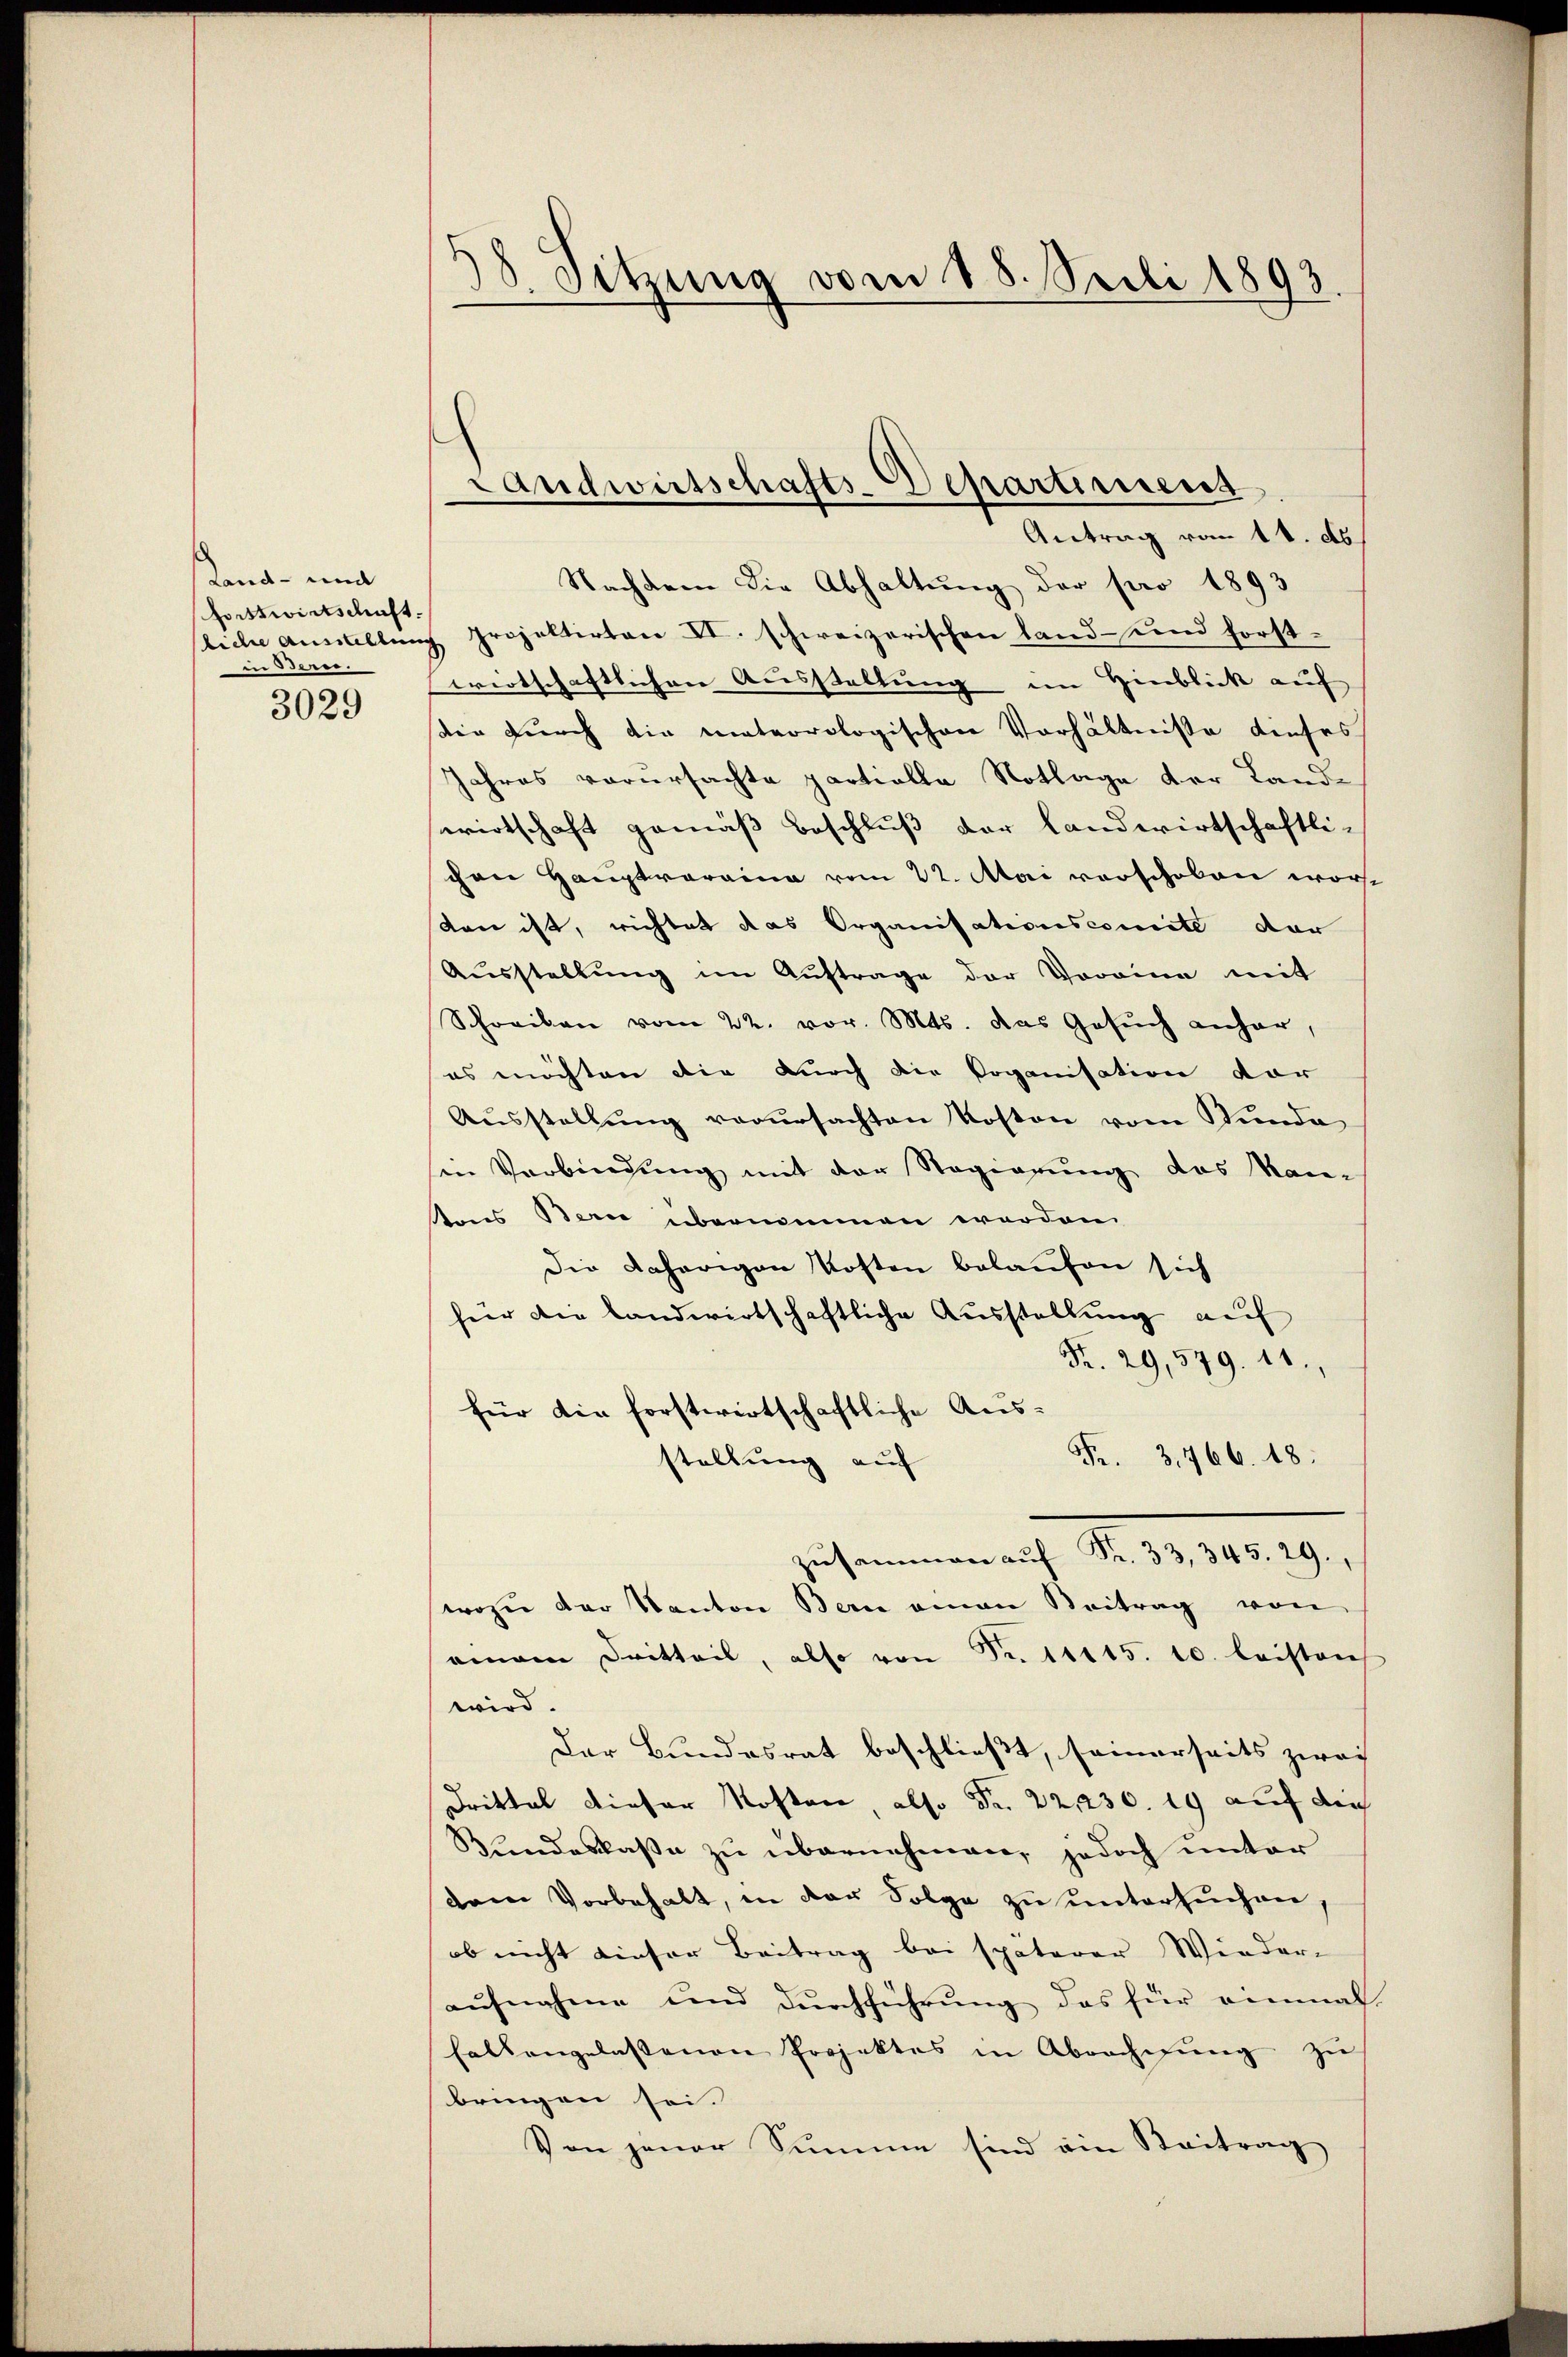
Land- und
Forstwirtschaft.
in Beren.
3029

38. Sitzung vom 18. Suli 1893

Nachdem die Abhaltung der pro 1893
liche Ausstellung projektirten XI. schweizerischen Land- und forstwirtschaftlichen Ausstellung im Hinblick auf
ir durch die mateorologischen Verhältniße dieses
Jahres verursachte partielle Notlage der Landwirtschaft gemäß Beschluß der Landwirtschaftli-
schen Hauptveraina vom 22. Mai vorschoben worton ist, richtet das Organisationscomite dar
Ausstellung im Auftrage der Vorrina mit
Schreiben vom 22. vor. Mts. das Gesŭch anhar,
es möchten die durch die Poganisation vor
Aŭsstellŭng verŭrsachten Kosten vom Stunde
sen Verbindung mit der Regierung des Kan-
Amnes Berne übernommen worden
Die daherigen Kosten belaufen sich
für die landwirtschaftliche Ausstellung auf
K. 29,579. 11.
für die forstwirtschaftliche Aus¬
Fr. 31766. 18.
stellung auf
z.33 345. 29.
wozu der Kanton Bern amen Beitrag von
amam Dritteil, also von Fr. 11115. 10. leistrich
wird.
Der Bundesrat beschließt, seinerseits zwei
Drittel dieser Kosten, also Fr. 2230. 19 auf die
Rundeskaße zu übernehmen, jedoch unter
dem Vorbehalt, in der Folge zu untersuchen,
ob nicht dieser Beitrag bei späterer Wieder-
aufnahme und durchführung das für einmal
hallangelassenen Projektes in Abrechnŭng zu
bringen sei.
Von jener Summe sind ein Beitrag

Landwirtschafts-Departiment
Antrag vom 14. ds.